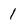
Character: 1